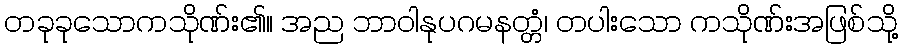
တခုခုသောကသိုဏ်း၏။ အည ဘာဝါနုပဂမနတ္တံ၊ တပါးသော ကသိုဏ်းအဖြစ်သို့